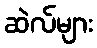
ဆဲလ်များ